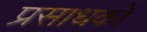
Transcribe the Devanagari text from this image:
प्रसाधकों